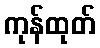
ကုန်ထုတ်